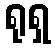
ရုရှ